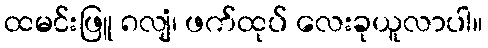
ထမင်းဖြူ ၈လျံ၊ ဖက်ထုပ် လေးခုယူလာပါ။